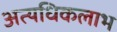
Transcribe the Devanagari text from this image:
अत्यधिकलाभ